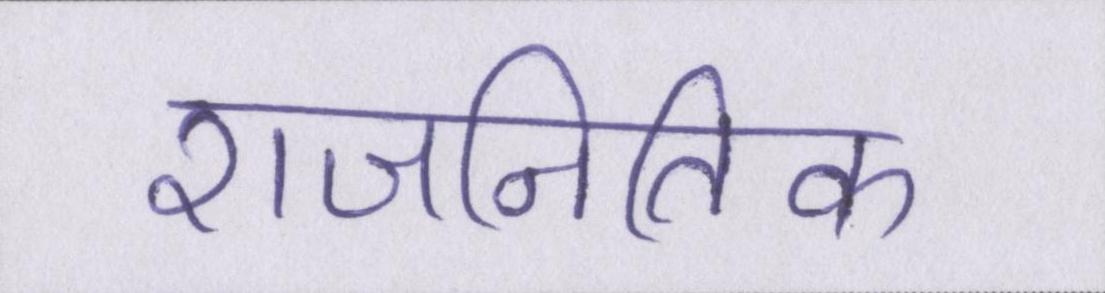
राजनितिक